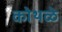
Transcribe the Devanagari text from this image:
कोथळे